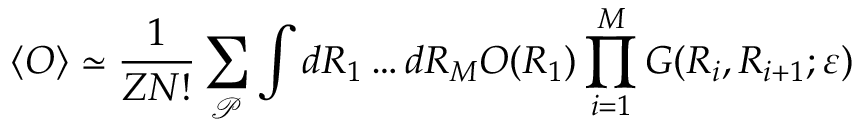
\langle O \rangle \simeq \frac { 1 } { Z N ! } \sum _ { \mathcal { P } } \int d R _ { 1 } \ldots d R _ { M } O ( R _ { 1 } ) \prod _ { i = 1 } ^ { M } G ( R _ { i } , R _ { i + 1 } ; \varepsilon )